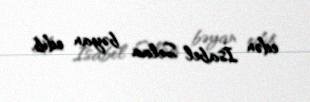
edən İsabel Selaa bəyan edib.